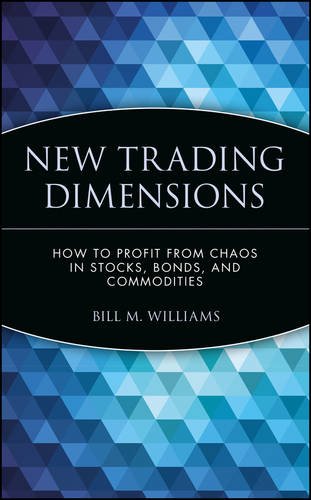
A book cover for New Trading Dimensions: How to Profit from Chaos in Stocks, Bonds, and Commodities; Bill M. Williams; Business & Money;